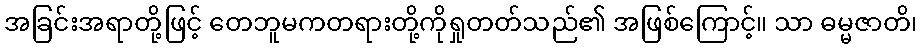
အခြင်းအရာတို့ဖြင့် တေဘူမကတရားတို့ကိုရှုတတ်သည်၏ အဖြစ်ကြောင့်။ သာ ဓမ္မဇာတိ၊